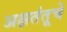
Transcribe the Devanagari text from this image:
अक्षतंतूचे